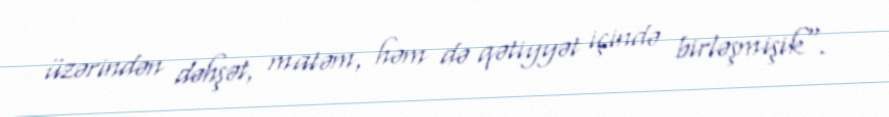
üzərindən dəhşət, matəm, həm də qətiyyət içində birləşmişik".